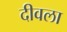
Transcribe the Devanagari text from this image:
दीवला